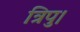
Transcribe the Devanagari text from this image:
त्रिपु।